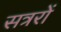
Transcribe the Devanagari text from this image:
सत्ररों